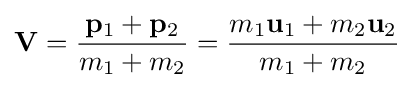
\mathbf {V} ={\frac {\mathbf {p} _{1}+\mathbf {p} _{2}}{m_{1}+m_{2}}}={\frac {m_{1}\mathbf {u} _{1}+m_{2}\mathbf {u} _{2}}{m_{1}+m_{2}}}